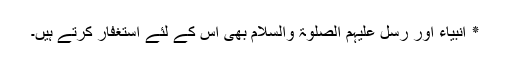
٭ انبیاء اور رُسل علیہم الصلوۃ والسلام بھی اس کے لئے استغفار کرتے ہیں۔